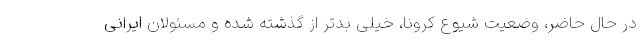
در حال حاضر، وضعیت شیوع کرونا، خیلی بدتر از گذشته شده و مسئولان ایرانی